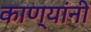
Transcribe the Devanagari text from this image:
काण्यांनी